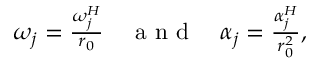
\begin{array} { r } { \omega _ { j } = \frac { \omega _ { j } ^ { H } } { r _ { 0 } } \quad \mathrm { ~ a ~ n ~ d ~ } \quad \alpha _ { j } = \frac { \alpha _ { j } ^ { H } } { r _ { 0 } ^ { 2 } } , } \end{array}